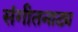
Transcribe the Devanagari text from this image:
संगीतनाट्य